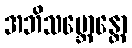
အဘိသမ္ဘောန္တော